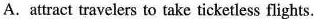
A. attract travelers to take ticketless flights.